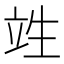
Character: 𮄫